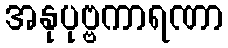
အနုပုဗ္ဗကာရဏာ